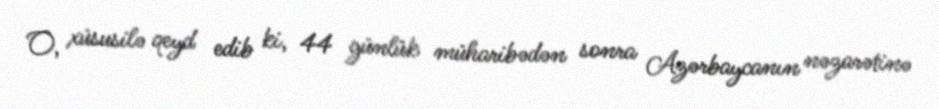
O, xüsusilə qeyd edib ki, 44 günlük müharibədən sonra Azərbaycanın nəzarətinə